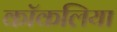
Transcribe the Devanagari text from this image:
कॉकलिया